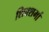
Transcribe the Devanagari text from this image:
शिवशर्मा